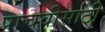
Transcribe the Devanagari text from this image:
पाचवीसाठी